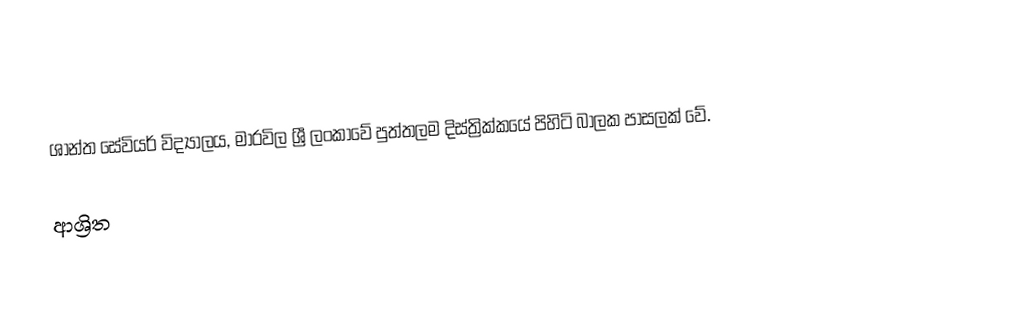
ශාන්ත සේවියර් විද්‍යාලය, මාරවිල ශ්‍රී ලංකාවේ පුත්තලම දිස්ත්‍රික්කයේ පිහිටි බාලක පාසලක් වේ.

ආශ්‍රිත